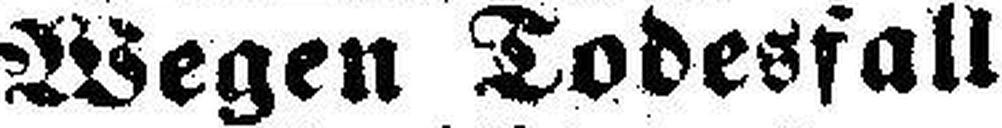
Wegen Todesfall